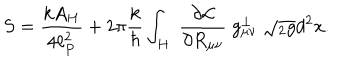
LaTeX: S = { \frac { k A _ { H } } { 4 \ell _ { P } ^ { 2 } } } + 2 \pi { \frac { k } { \hbar } } \int _ { H } \; { \frac { \partial { \cal L } } { \partial R _ { \mu \nu } } } \; g _ { \mu \nu } ^ { \perp } \; \sqrt { { } _ { 2 } g } d ^ { 2 } x .